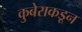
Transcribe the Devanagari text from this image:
कुबेराकडून